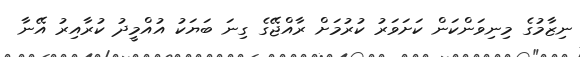
ނިޒާމުގެ މިނިވަންކަން ކަށަވަރު ކުރުމަށް ރާއްޖޭގެ ގިނަ ބަޔަކު އުއްމީދު ކުރާއިރު އޭނާ